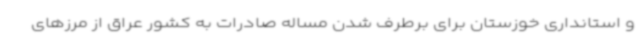
و استانداری خوزستان برای برطرف شدن مساله صادرات به کشور عراق از مرزهای